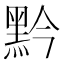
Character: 黔